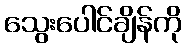
သွေးပေါင်ချိန်ကို